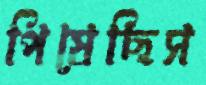
পিষেছিস